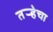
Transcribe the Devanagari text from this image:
तर्‍हेचा